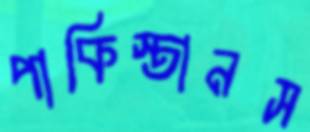
পাকিস্তানস